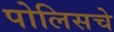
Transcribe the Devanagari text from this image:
पोलिसचे